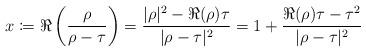
LaTeX: \begin{align*}x\coloneqq \Re\left(\frac{\rho}{\rho-\tau}\right)=\frac{|\rho|^2-\Re(\rho)\tau}{|\rho-\tau|^2}=1+\frac{\Re(\rho)\tau-\tau^2}{|\rho-\tau|^2}\end{align*}